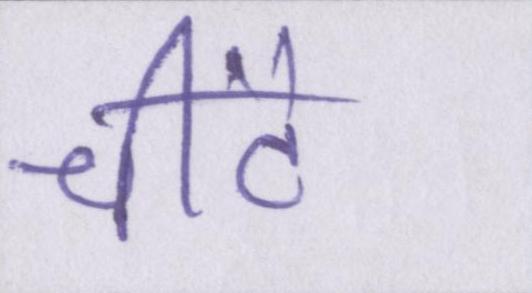
चींटे